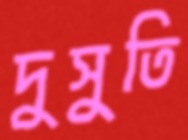
দুসুতি